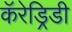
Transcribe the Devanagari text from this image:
कॅरेड्रिडी